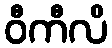
ဝီကီလိ